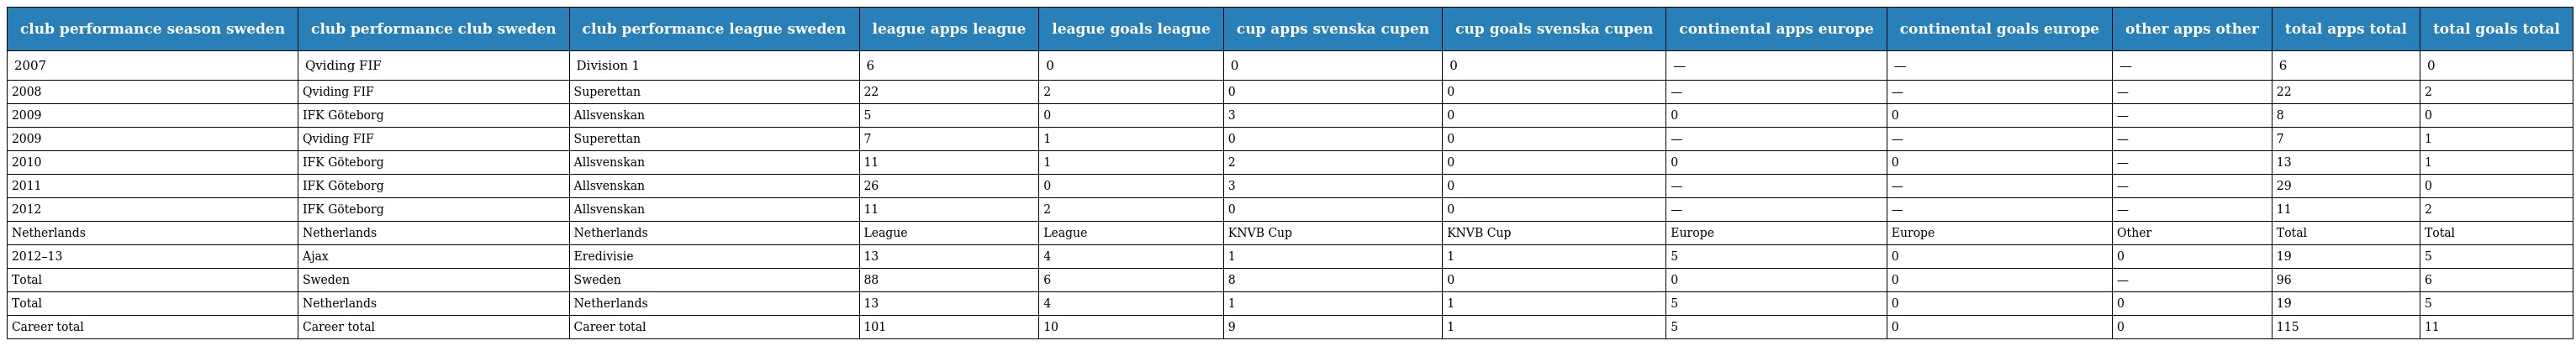
| club performance season sweden | club performance club sweden | club performance league sweden | league apps league | league goals league | cup apps svenska cupen | cup goals svenska cupen | continental apps europe | continental goals europe | other apps other | total apps total | total goals total |
 | --- | --- | --- | --- | --- | --- | --- | --- | --- | --- | --- | --- |
 | 2007 | Qviding FIF | Division 1 | 6 | 0 | 0 | 0 | — | — | — | 6 | 0 |
 | 2008 | Qviding FIF | Superettan | 22 | 2 | 0 | 0 | — | — | — | 22 | 2 |
 | 2009 | IFK Göteborg | Allsvenskan | 5 | 0 | 3 | 0 | 0 | 0 | — | 8 | 0 |
 | 2009 | Qviding FIF | Superettan | 7 | 1 | 0 | 0 | — | — | — | 7 | 1 |
 | 2010 | IFK Göteborg | Allsvenskan | 11 | 1 | 2 | 0 | 0 | 0 | — | 13 | 1 |
 | 2011 | IFK Göteborg | Allsvenskan | 26 | 0 | 3 | 0 | — | — | — | 29 | 0 |
 | 2012 | IFK Göteborg | Allsvenskan | 11 | 2 | 0 | 0 | — | — | — | 11 | 2 |
 | Netherlands | Netherlands | Netherlands | League | League | KNVB Cup | KNVB Cup | Europe | Europe | Other | Total | Total |
 | 2012–13 | Ajax | Eredivisie | 13 | 4 | 1 | 1 | 5 | 0 | 0 | 19 | 5 |
 | Total | Sweden | Sweden | 88 | 6 | 8 | 0 | 0 | 0 | — | 96 | 6 |
 | Total | Netherlands | Netherlands | 13 | 4 | 1 | 1 | 5 | 0 | 0 | 19 | 5 |
 | Career total | Career total | Career total | 101 | 10 | 9 | 1 | 5 | 0 | 0 | 115 | 11 |